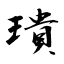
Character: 璝